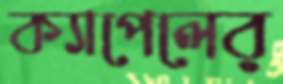
ক্যাপেলের